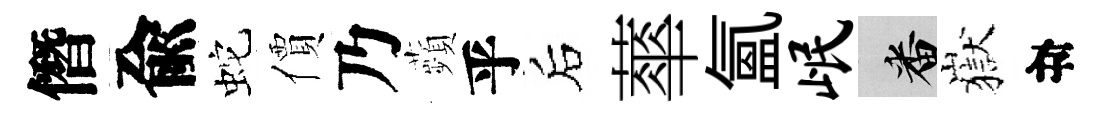
僭兪蛇價乃蘋乎后蕐氲岷番嶽目